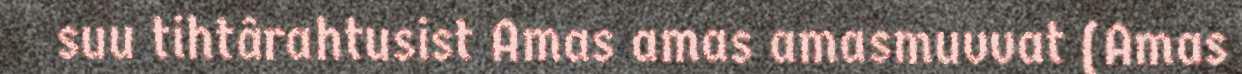
suu tihtârahtusist Amas amas amasmuvvat (Amas